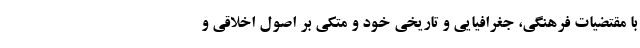
با مقتضیات فرهنگی، جغرافیایی و تاریخی خود و متکی بر اصول اخلاقی و